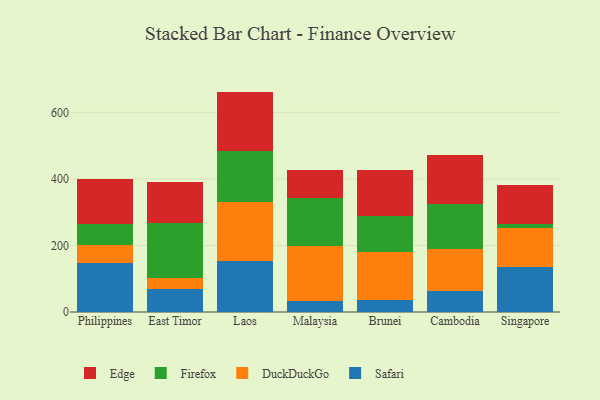
{"axis": {"x": "Country", "y": "Tickets Resolved"}, "legend": ["DuckDuckGo", "Edge", "Firefox", "Safari"], "data": [{"x": "Philippines", "y": 146.5, "type": "Safari"}, {"x": "Philippines", "y": 56.2, "type": "DuckDuckGo"}, {"x": "Philippines", "y": 62.9, "type": "Firefox"}, {"x": "Philippines", "y": 134.7, "type": "Edge"}, {"x": "East Timor", "y": 70.5, "type": "Safari"}, {"x": "East Timor", "y": 32.8, "type": "DuckDuckGo"}, {"x": "East Timor", "y": 163.7, "type": "Firefox"}, {"x": "East Timor", "y": 125.3, "type": "Edge"}, {"x": "Laos", "y": 151.9, "type": "Safari"}, {"x": "Laos", "y": 179.5, "type": "DuckDuckGo"}, {"x": "Laos", "y": 154.0, "type": "Firefox"}, {"x": "Laos", "y": 177.4, "type": "Edge"}, {"x": "Malaysia", "y": 33.0, "type": "Safari"}, {"x": "Malaysia", "y": 166.1, "type": "DuckDuckGo"}, {"x": "Malaysia", "y": 144.8, "type": "Firefox"}, {"x": "Malaysia", "y": 84.5, "type": "Edge"}, {"x": "Brunei", "y": 37.1, "type": "Safari"}, {"x": "Brunei", "y": 144.6, "type": "DuckDuckGo"}, {"x": "Brunei", "y": 106.5, "type": "Firefox"}, {"x": "Brunei", "y": 139.2, "type": "Edge"}, {"x": "Cambodia", "y": 62.4, "type": "Safari"}, {"x": "Cambodia", "y": 125.9, "type": "DuckDuckGo"}, {"x": "Cambodia", "y": 136.7, "type": "Firefox"}, {"x": "Cambodia", "y": 145.7, "type": "Edge"}, {"x": "Singapore", "y": 134.6, "type": "Safari"}, {"x": "Singapore", "y": 117.3, "type": "DuckDuckGo"}, {"x": "Singapore", "y": 13.7, "type": "Firefox"}, {"x": "Singapore", "y": 116.7, "type": "Edge"}]}